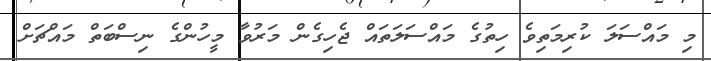
މި މައްސަލަ ކުރިމަތިވެ ހިތުގެ މައްސަލަތައް ޖެހިގެން މަރުވާ މީހުންގެ ނިސްބަތް މައްޗަށް